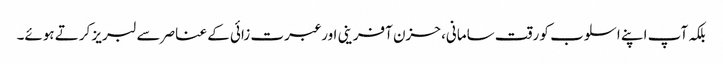
بلکہ آپ اپنے اسلوب کو رقت سامانی، حزن آفرینی اور عبرت زائی کے عناصر سے لبریز کرتے ہوئے۔